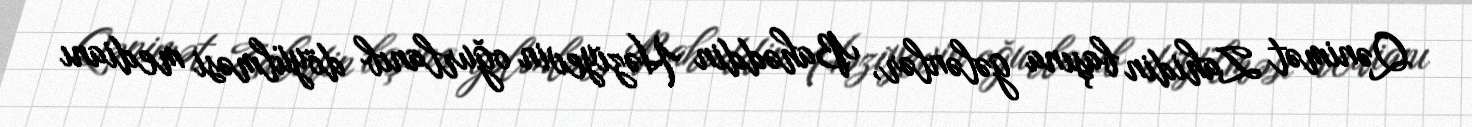
Qənimət Zahidin başına gələnlər, Bahəddin Həziyevin oğurlanıb döyülməsi medianı